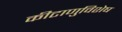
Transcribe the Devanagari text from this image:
कीटाणुविशेष